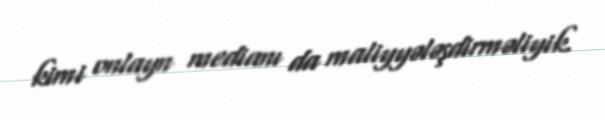
kimi onlayn medianı da maliyyələşdirməliyik.